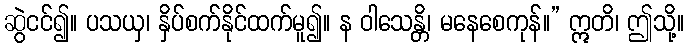
ဆွဲငင်၍။ ပသယှ၊ နှိပ်စက်နိုင်ထက်မူ၍။ န ဝါသေန္တိ၊ မနေစေကုန်။” ဣတိ၊ ဤသို့။